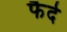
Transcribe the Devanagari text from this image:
फैदे